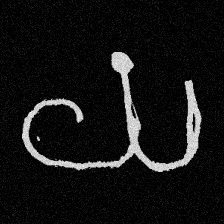
Pyu character \u2014 Myanmar letter: ယ (romanized: ya)